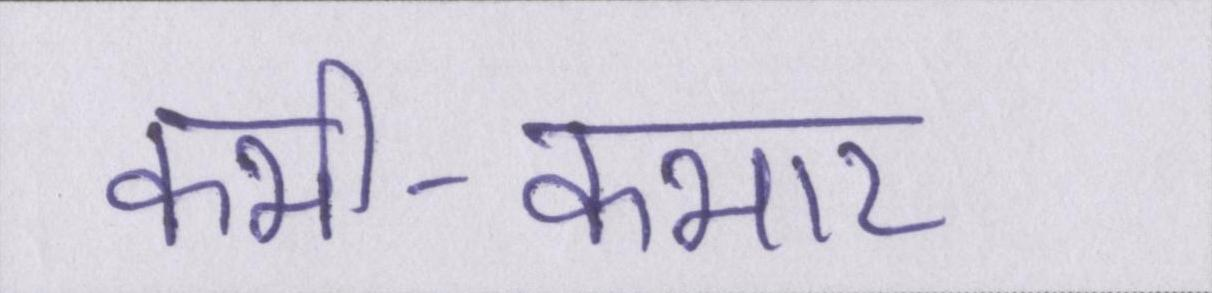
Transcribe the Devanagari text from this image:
कभी-कभार